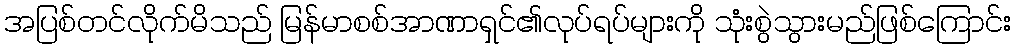
အပြစ်တင်လိုက်မိသည် မြန်မာစစ်အာဏာရှင်၏လုပ်ရပ်များကို သုံးစွဲသွားမည်ဖြစ်ကြောင်း